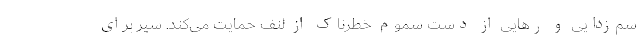
سم‌زدایی و رهایی از دست سموم خطرناک از لنف حمایت می‌کند. سیر برای